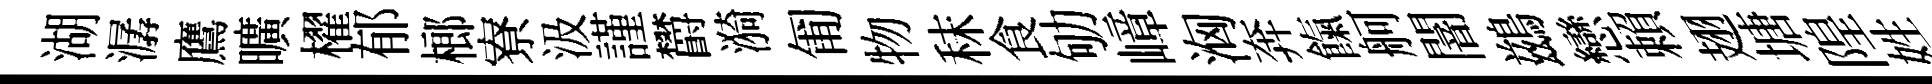
湖潺鷹曠櫂郁榔寮汲謹欝漪匍物秣食劬嶂洶奔餼舸闇鷀戀賴翅塘隍姓